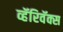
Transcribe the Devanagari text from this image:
व्हॅरिवॅक्स